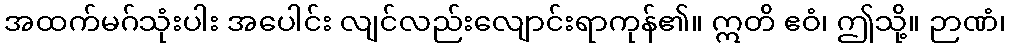
အထက်မဂ်သုံးပါး အပေါင်း လျင်လည်းလျောင်းရာကုန်၏။ ဣတိ ဧဝံ၊ ဤသို့။ ဉာဏံ၊